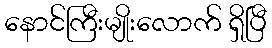
နောင်ကြီးမျိုးလောက် ရှိပြီ